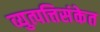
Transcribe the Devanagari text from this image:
व्युत्पत्तिसंकेत